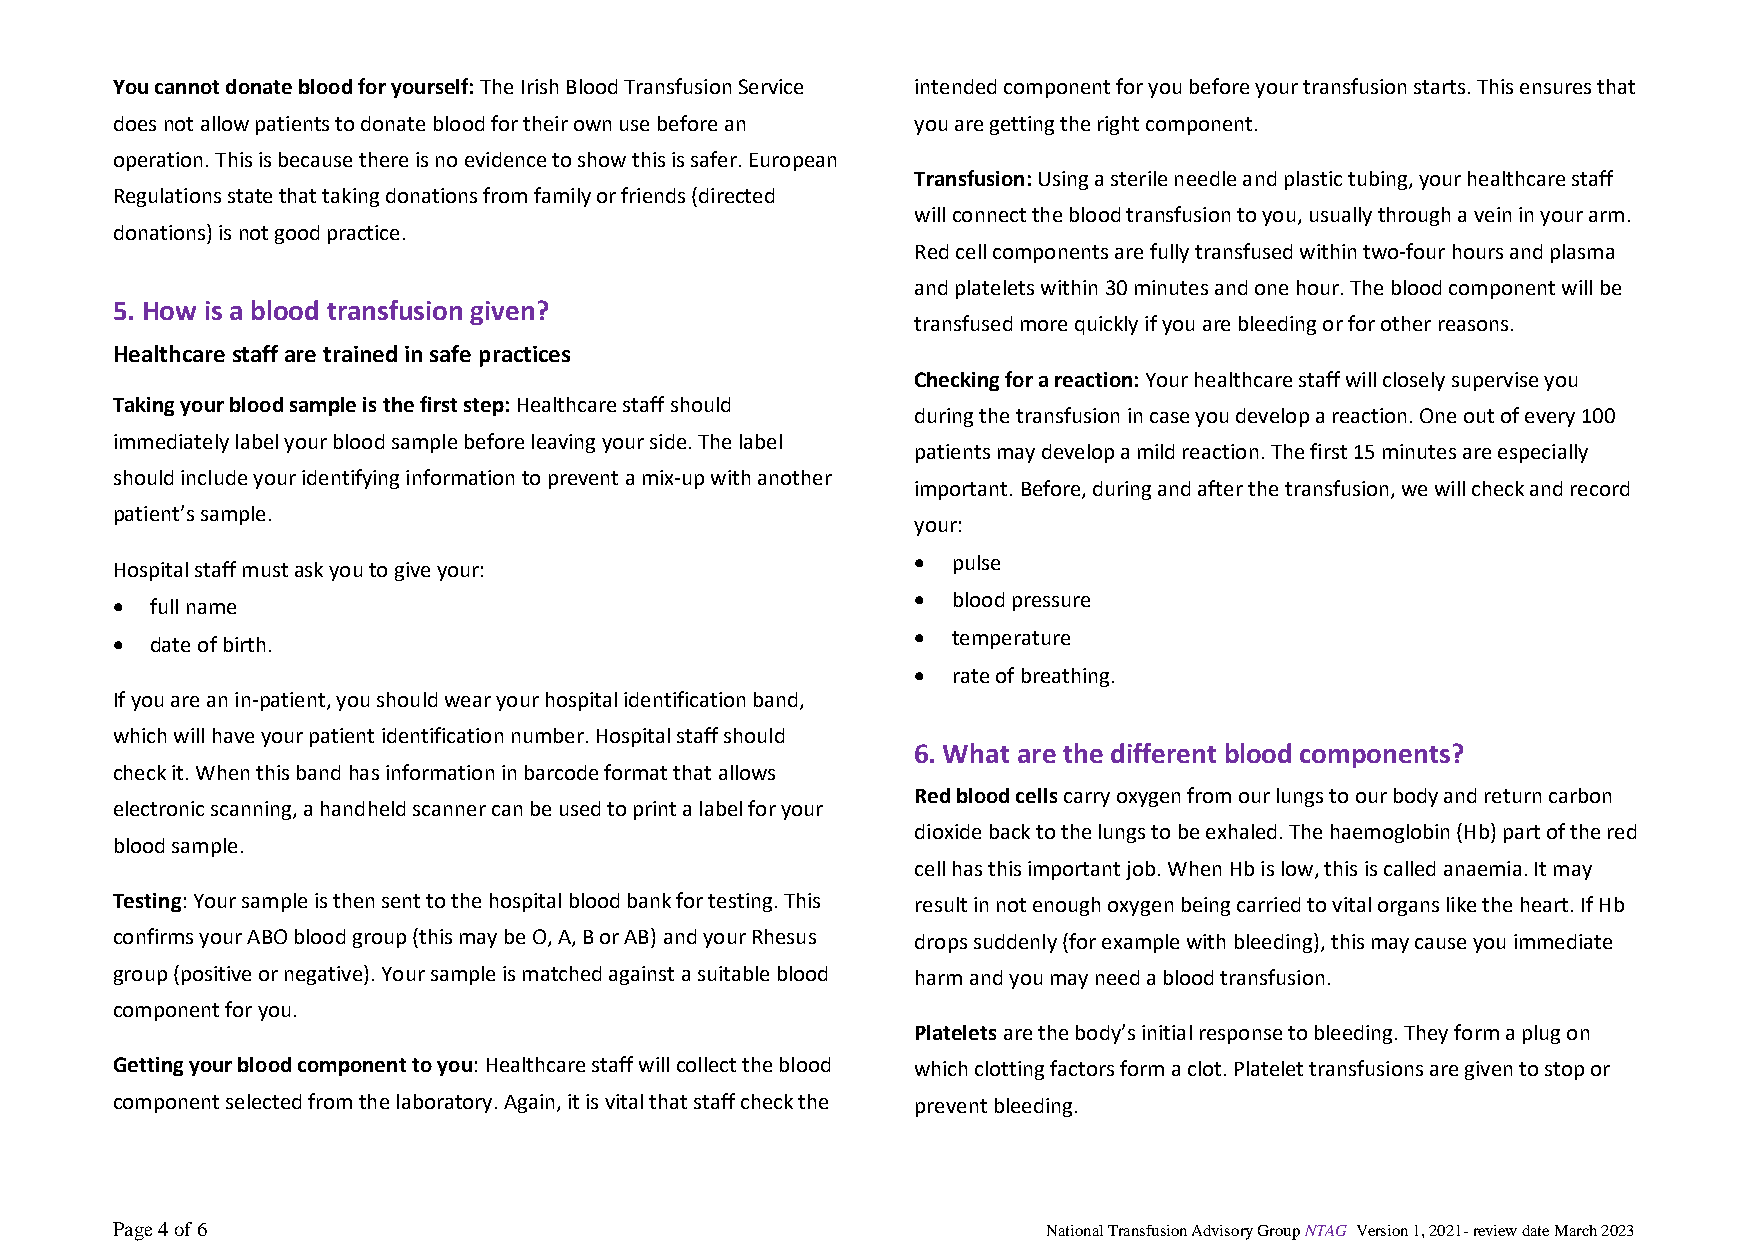
You cannot donate blood for yourself: The Irish Blood Transfusion Service intended component for you before your transfusion starts. This ensures that
 does not allow patients to donate blood for their own use before an you are getting the right component.
 operation. This is because there is no evidence to show this is safer. European
 Transfusion: Using a sterile needle and plastic tubing, your healthcare staff
 Regulations state that taking donations from family or friends (directed
 will connect the blood transfusion to you, usually through a vein in your arm.
 donations) is not good practice.
 Red cell components are fully transfused within two-four hours and plasma
 and platelets within 30 minutes and one hour. The blood component will be
 5. How is a blood transfusion given?
 transfused more quickly if you are bleeding or for other reasons.
 Healthcare staff are trained in safe practices
 Checking for a reaction: Your healthcare staff will closely supervise you
 Taking your blood sample is the first step: Healthcare staff should
 during the transfusion in case you develop a reaction. One out of every 100
 immediately label your blood sample before leaving your side. The label
 patients may develop a mild reaction. The first 15 minutes are especially
 should include your identifying information to prevent a mix-up with another
 important. Before, during and after the transfusion, we will check and record
 patient’s sample.
 your:
  pulse
 Hospital staff must ask you to give your:
   full name                                           blood pressure
   date of birth.                                      temperature
  rate of breathing.
 If you are an in-patient, you should wear your hospital identification band,
 which will have your patient identification number. Hospital staff should
 6. What are the different blood components?
 check it. When this band has information in barcode format that allows
 Red blood cells carry oxygen from our lungs to our body and return carbon
 electronic scanning, a handheld scanner can be used to print a label for your
 dioxide back to the lungs to be exhaled. The haemoglobin (Hb) part of the red
 blood sample.
 cell has this important job. When Hb is low, this is called anaemia. It may
 Testing: Your sample is then sent to the hospital blood bank for testing. This result in not enough oxygen being carried to vital organs like the heart. If Hb
 confirms your ABO blood group (this may be O, A, B or AB) and your Rhesus drops suddenly (for example with bleeding), this may cause you immediate
 group (positive or negative). Your sample is matched against a suitable blood harm and you may need a blood transfusion.
 component for you.
 Platelets are the body’s initial response to bleeding. They form a plug on
 Getting your blood component to you: Healthcare staff will collect the blood which clotting factors form a clot. Platelet transfusions are given to stop or
 component selected from the laboratory. Again, it is vital that staff check the prevent bleeding.
 Page 4 of 6                                                   National Transfusion Advisory Group NTAG Version 1, 2021- review date March 2023